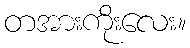
တအားကိုးလေး။